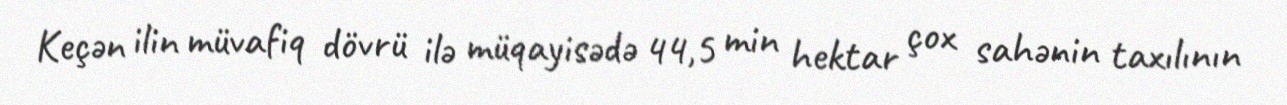
Keçən ilin müvafiq dövrü ilə müqayisədə 44,5 min hektar çox sahənin taxılının